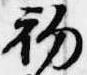
初